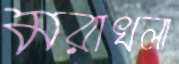
মরাখলা